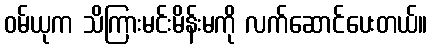
ဝမ်ယုက သိကြားမင်းမိန်းမကို လက်ဆောင်ပေးတယ်။